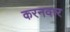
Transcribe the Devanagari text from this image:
करनवार